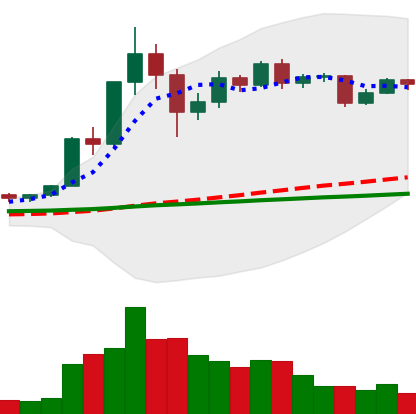
Ticker: XRP-USD
Chart end date: 2020-12-07
Forward return: -16.838%
Label: down_7plus